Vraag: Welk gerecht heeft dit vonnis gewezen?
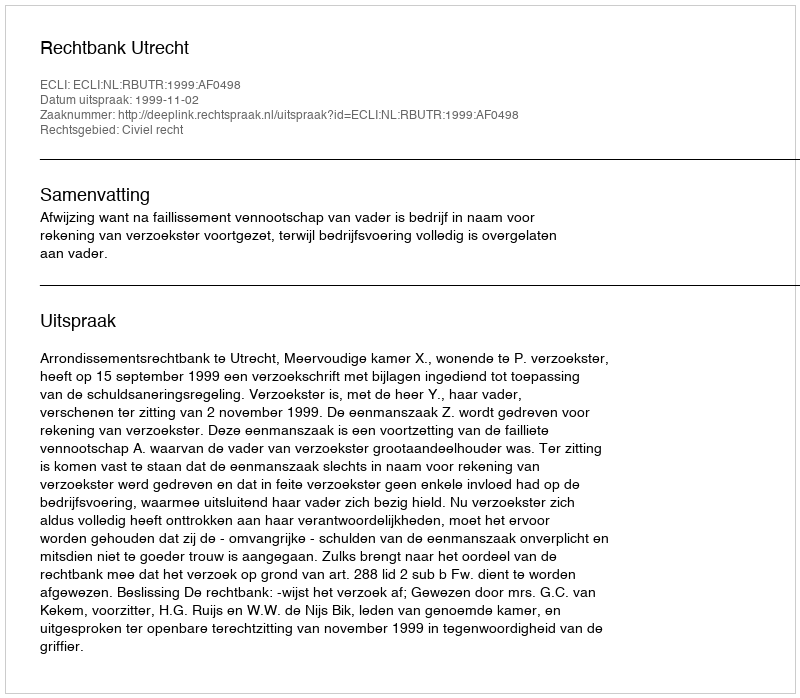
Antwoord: Rechtbank Utrecht